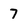
Character: 7